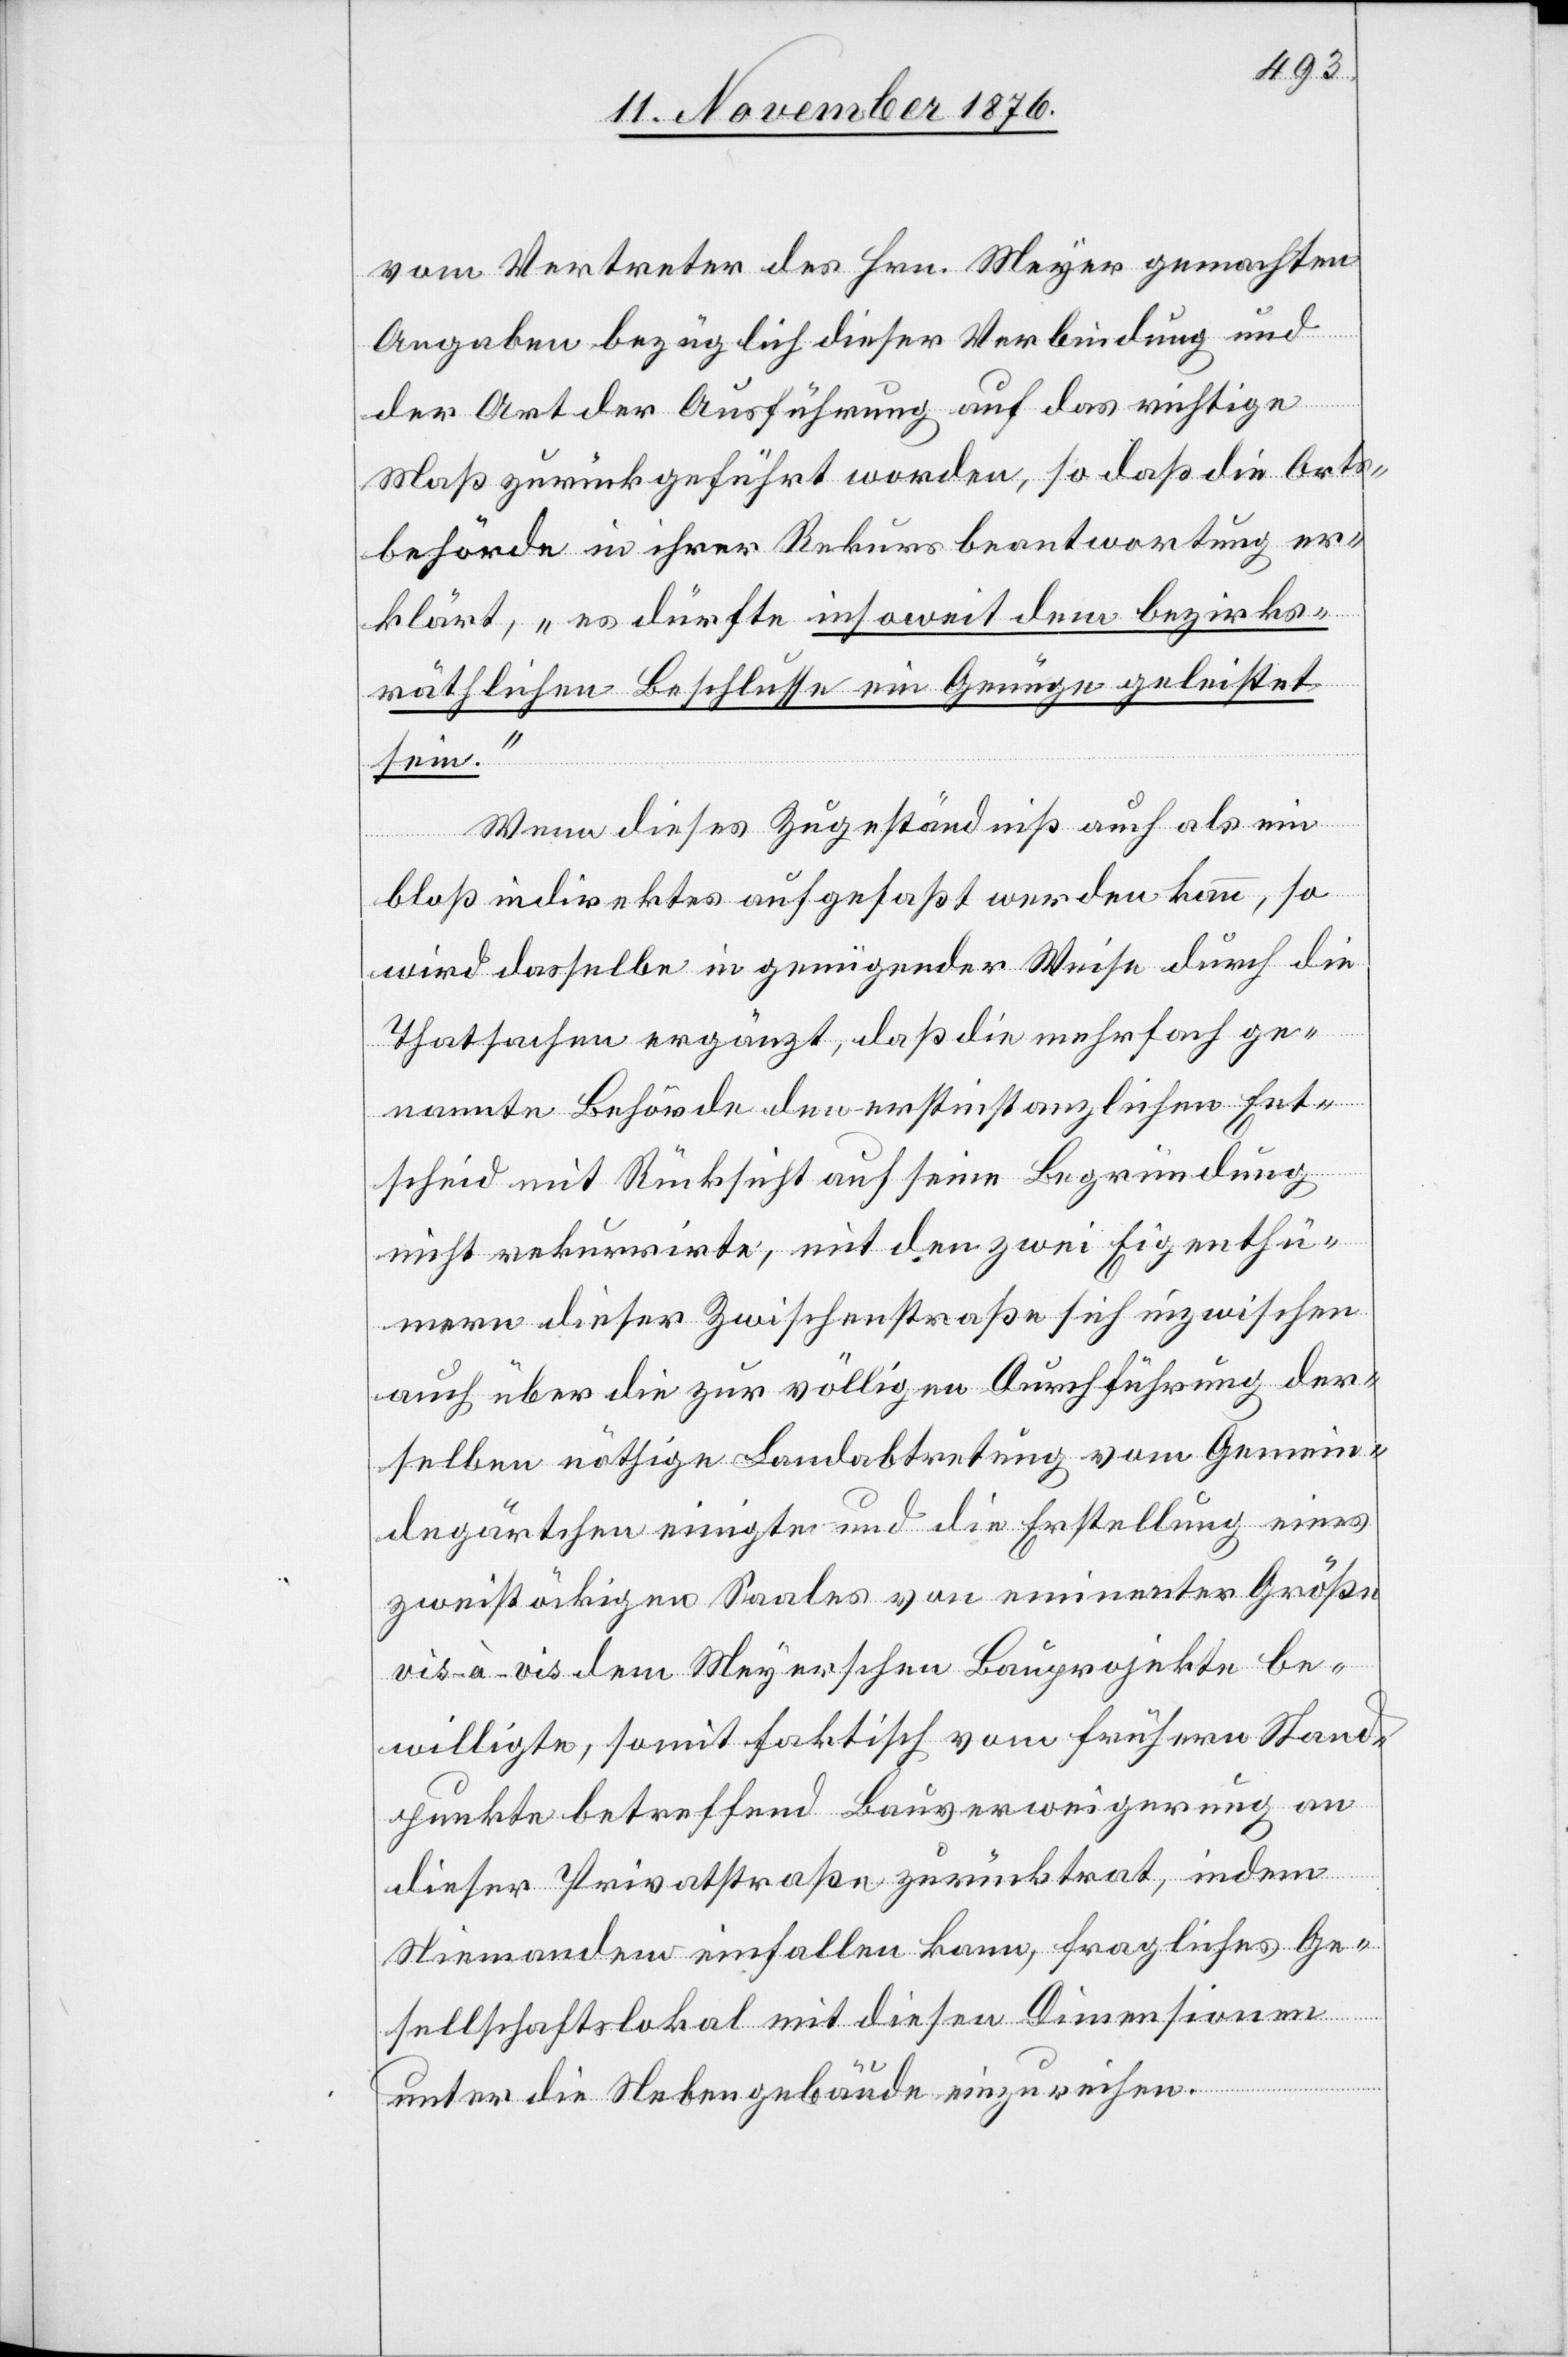
vom Vertreter des Hrn. Meyer gemachten
Angaben bezüglich dieser Verbindung und
der Art der Ausführung auf das richtige
Maß zurückgeführt worden, so daß die Orts¬
behörde in ihrer Rekursbeantwortung er¬
klärt, „es dürfte insoweit dem bezirks¬
räthlichen Beschlusse ein Genüge geleistet
sein.“
Wenn dieses Zugeständniß auch als ein
bloß indirektes aufgefaßt werden kann, so
wird dasselbe in genügender Weise durch die
Thatsachen ergänzt, daß die mehrfach ge¬
nannte Behörde den erstinstanzlichen Ent¬
scheid mit Rücksicht auf seine Begründung
nicht rekurrirte, mit den zwei Eigenthü¬
mern dieser Zwischenstraße sich inzwischen
auch über die zur völligen Durchführung der¬
selben nöthige Landabtretung vom Gemein¬
degärtchen einigten und die Erstellung eines
zweistöckigen Saales von eminenter Größe
vis-à-vis dem Meyerschen Bauprojekte be¬
willigte, somit faktisch vom frühern Stand¬
punkte betreffend Bauverweigerung an
dieser Privatstraße zurücktrat, indem
Niemandem einfallen kann, fragliches Ge¬
sellschaftslokal mit diesen Dimensionen
unter die Nebengebäude einzureihen.